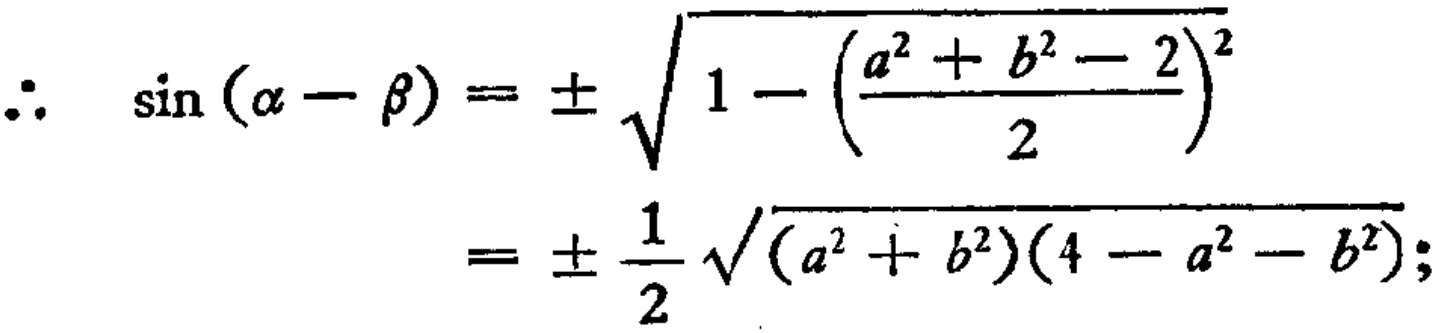
\(\therefore \quad \sin (\alpha-\beta)=\pm\sqrt{1 - \left(\frac{a^{2}+b^{2}-2}{2}\right)^{2}}\\=\pm\frac{1}{2}\sqrt{(a^{2}+b^{2})(4 - a^{2}-b^{2})};\)